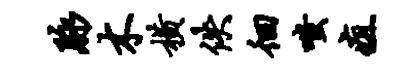
脉木横佚徊嗤疽